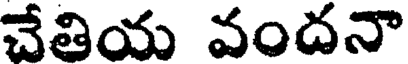
చేతియ వందనా